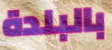
بالبلدة